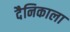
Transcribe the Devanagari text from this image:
दैनिकाला